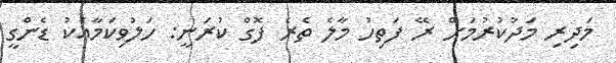
މަދިރި މަދުކުރުމަށް ރޭ ފަތިހު މާލެ ތެރެ ފޮގް ކުރަނީ: ހަލުވިކަމާއެކު ޑެންގީ